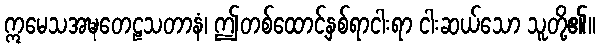
ဣမေသအဍ္ဎတေဠသတာနံ၊ ဤတစ်ထောင့်နှစ်ရာငါးရာ ငါးဆယ်သော သူတို့၏။